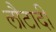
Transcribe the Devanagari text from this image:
लौटादी